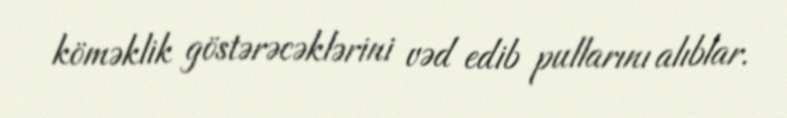
köməklik göstərəcəklərini vəd edib pullarını alıblar.